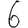
Digit: 6